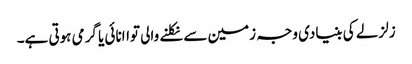
زلزلے کی بنیادی وجہ زمین سے نکلنے والی تواانائی یا گرمی ہوتی ہے۔